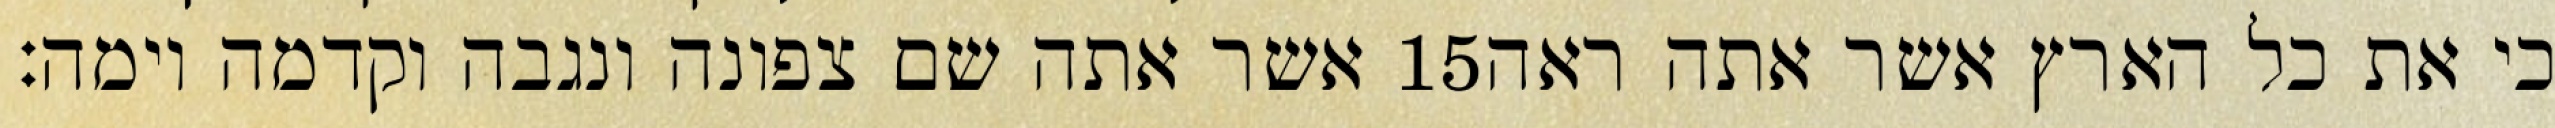
אשר אתה שם צפונה ונגבה וקדמה וימה׃ ‎15‏ כי את כל הארץ אשר אתה ראה